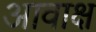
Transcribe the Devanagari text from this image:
आवाक्ष